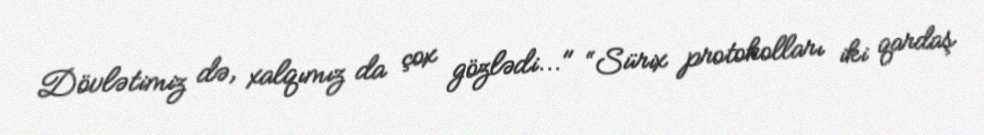
Dövlətimiz də, xalqımız da çox gözlədi..." “Sürix protokolları iki qardaş